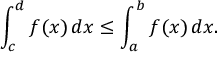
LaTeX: \int _ { c } ^ { d } f ( x ) \, d x \leq \int _ { a } ^ { b } f ( x ) \, d x .